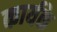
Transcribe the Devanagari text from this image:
कार्यके